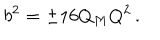
LaTeX: b ^ { 2 } = \pm 1 6 Q _ { M } Q ^ { 2 } \, .